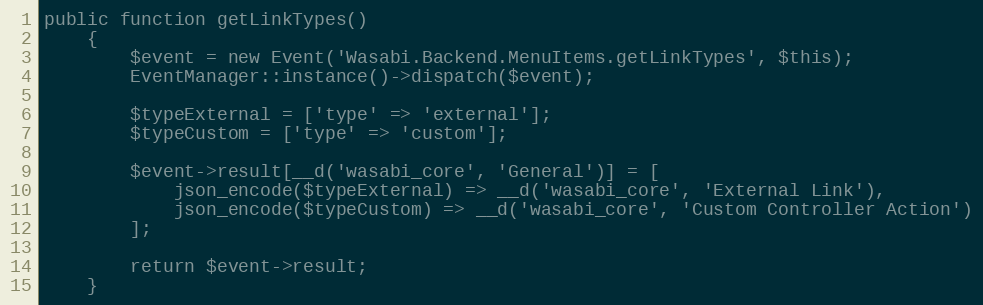
Language: PHP
public function getLinkTypes()
    {
        $event = new Event('Wasabi.Backend.MenuItems.getLinkTypes', $this);
        EventManager::instance()->dispatch($event);

        $typeExternal = ['type' => 'external'];
        $typeCustom = ['type' => 'custom'];

        $event->result[__d('wasabi_core', 'General')] = [
            json_encode($typeExternal) => __d('wasabi_core', 'External Link'),
            json_encode($typeCustom) => __d('wasabi_core', 'Custom Controller Action')
        ];

        return $event->result;
    }